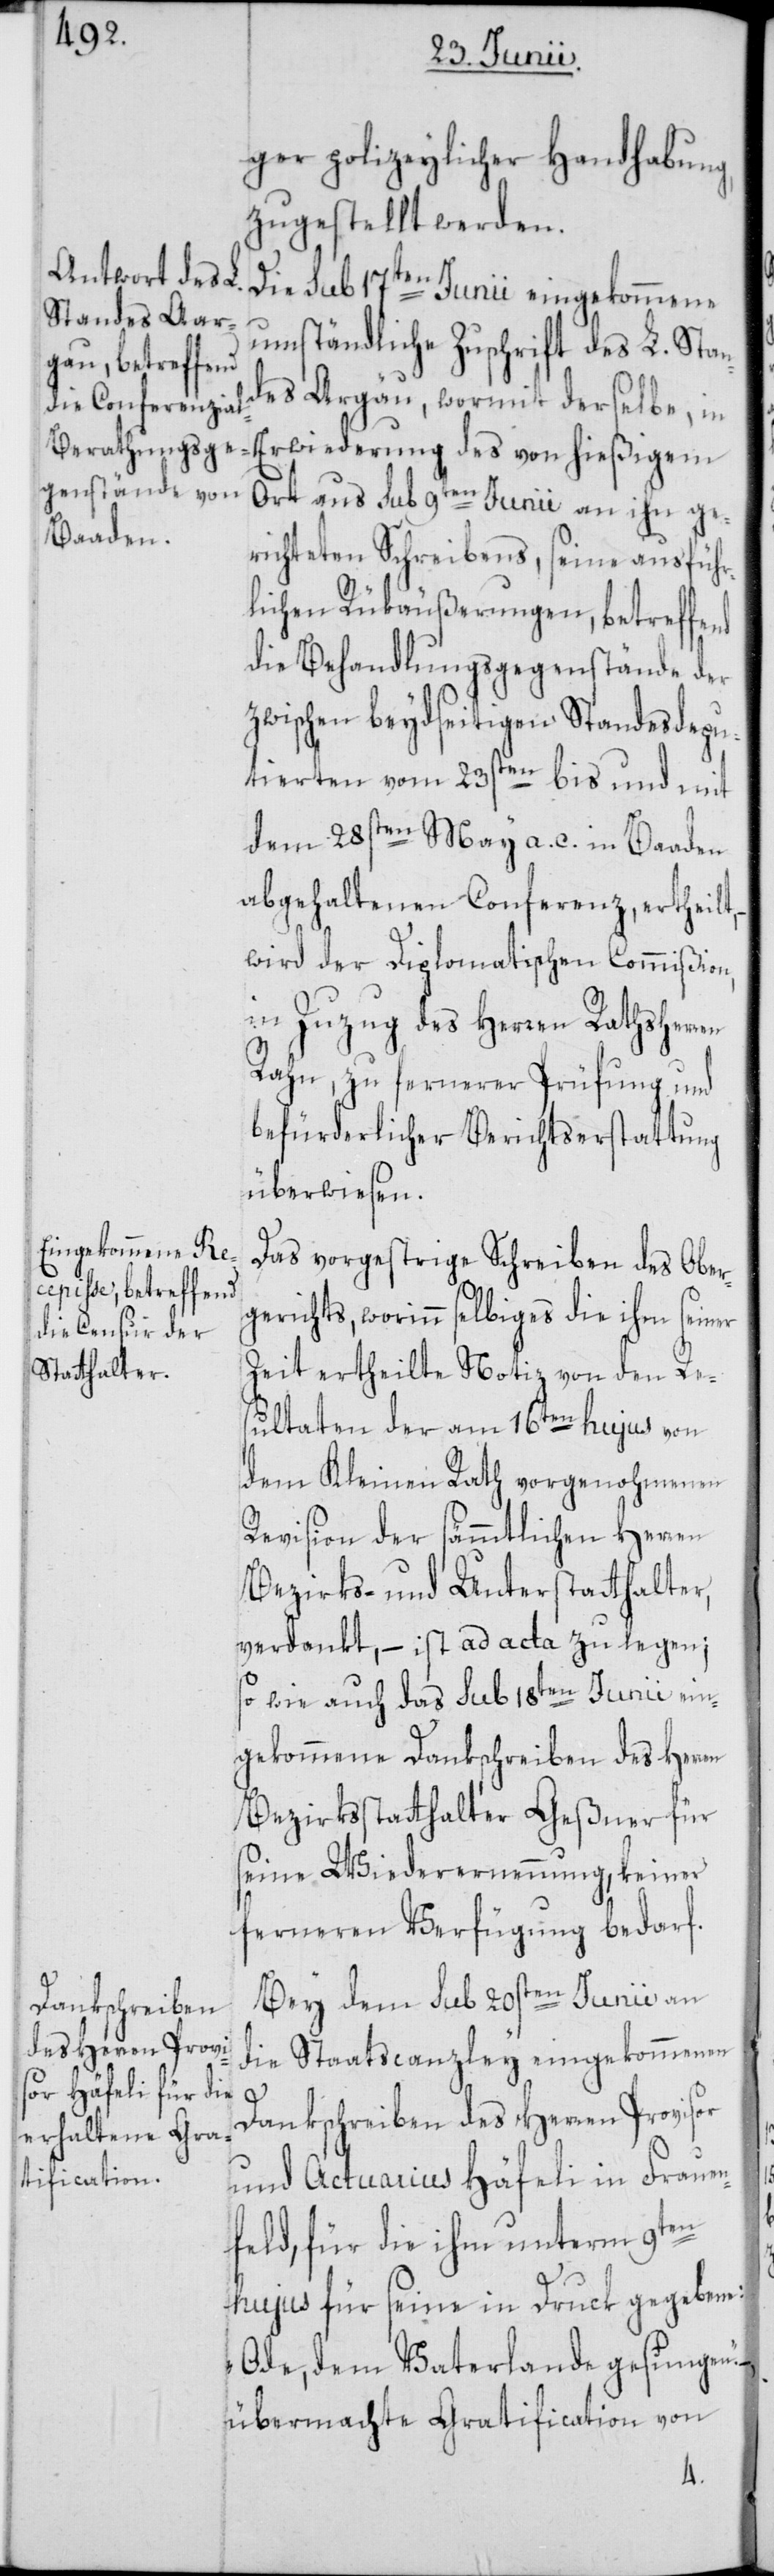
ger polizeylicher Handhabung,
zugestellt werden.
Die sub 17ten Junii eingekommene
umständliche Zuschrift des L. Stan¬
des Argäu, wormit derselbe, in
Erwiederung des von hießigem
Ort aus sub 9ten Junii an ihn ge¬
richteten Schreibens, seine ausführ¬
lichen Rükäußerungen, betreffend
die Behandlungsgegenstände der
zwischen beydseitigen Standesdepu¬
tierten vom 23sten bis und mit
dem 28sten May a. c. in Baaden
abgehaltenen Conferenz, ertheilt,
wird der Diplomatischen Commißion,
in Zuzug des Herren Rathsherren
Rahn, zu fernerer Prüfung und
befürderlicher Berichtserstattung
überwiesen.
Das vorgestrige Schreiben des Ober¬
gerichts, worinn selbiges die ihm seiner
Zeit ertheilte Notiz von den Re¬
sultaten der am 16ten hujus von
dem Kleinen Rath vorgenohmenen
Revision der sämmtlichen Herren
Bezirks- und Unterstatthalter,
verdankt, – ist ad acta zu legen;
so wie auch das sub 18ten Junii ein¬
gekommene Dankschreiben des Herren
Bezirksstatthalter Geßner für
seine Wiederernennung, keiner
ferneren Verfügung bedarf.
Bey dem sub 20sten Junii an
die Staatscanzley eingekommenen
Dankschreiben des Herren Provisor
und Actuarius Häfeli in Frauen¬
feld, für die ihm unterm 9ten
hujus für seine in Druck gegebene:
„Ode, dem Vaterlande gesungen.“
übermachte Gratification von